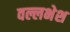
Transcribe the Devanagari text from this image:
वल्लभेश